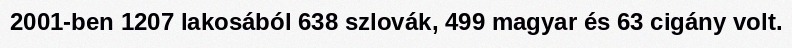
2001-ben 1207 lakosából 638 szlovák, 499 magyar és 63 cigány volt.